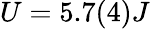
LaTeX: U=5.7(4)J